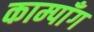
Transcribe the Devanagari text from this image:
काम्पाँग